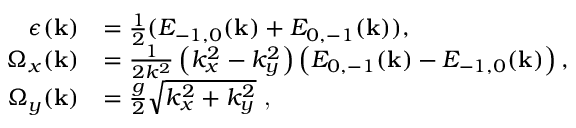
\begin{array} { r l } { \epsilon ( \mathbf { k } ) } & { = \frac { 1 } { 2 } ( E _ { - 1 , 0 } ( \mathbf { k } ) + E _ { 0 , - 1 } ( \mathbf { k } ) ) , } \\ { \Omega _ { x } ( \mathbf { k } ) } & { = \frac { 1 } { 2 k ^ { 2 } } \left( k _ { x } ^ { 2 } - k _ { y } ^ { 2 } \right) \left( E _ { 0 , - 1 } ( \mathbf { k } ) - E _ { - 1 , 0 } ( \mathbf { k } ) \right) , } \\ { \Omega _ { y } ( \mathbf { k } ) } & { = \frac { g } { 2 } \sqrt { k _ { x } ^ { 2 } + k _ { y } ^ { 2 } } \textrm { , } } \end{array}